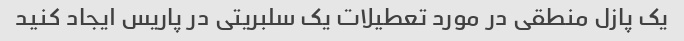
یک پازل منطقی در مورد تعطیلات یک سلبریتی در پاریس ایجاد کنید